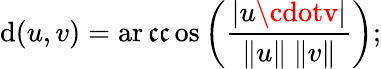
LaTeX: \mathrm{d}(u,v)=\operatorname{ar\mathfrak{c}\mathfrak{c}os}\left({\frac{{|u\cdotv|}}{{\| u\| \ \| v\| }}}\right);